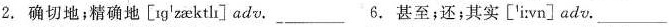
2. 确切地;精确地[ɪɡˈzæktli]adv. ___ 6.甚至;还;其实['i:vn]adv. ___